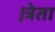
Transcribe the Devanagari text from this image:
।त्रेता